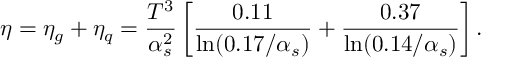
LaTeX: \eta = \eta _ { g } + \eta _ { q } = { \frac { T ^ { 3 } } { \alpha _ { s } ^ { 2 } } } \left[ { \frac { 0 . 1 1 } { \ln ( 0 . 1 7 / \alpha _ { s } ) } } + { \frac { 0 . 3 7 } { \ln ( 0 . 1 4 / \alpha _ { s } ) } } \right] .